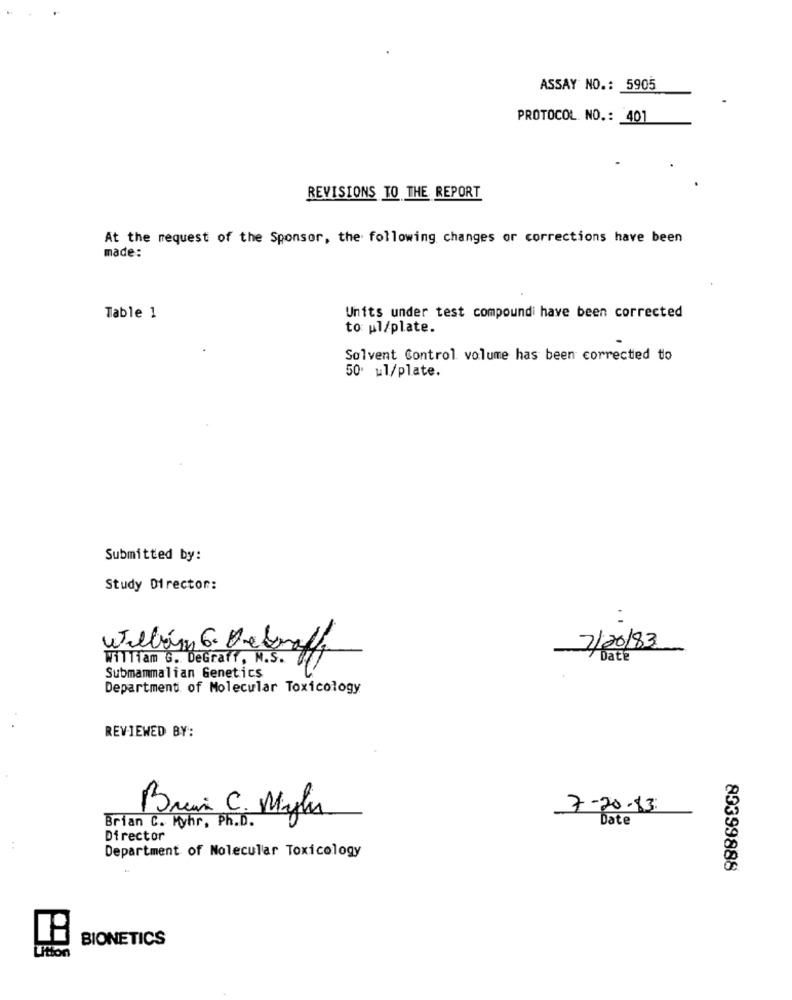
ASSAY NO .: 5905
PROTOCOL. NO .: 401
REVISIONS TO THE REPORT
At the request of the Sponsor, the following changes or corrections have been
made:
Table 1
Units under test compoundi have been corrected
to ul/plate.
Solvent Control volume has been corrected to
50 ul/plate.
Submitted by:
Study Director:
willbry G. De graff
7/20/83
William G. DeGraff, M.S.
Submammalian Genetics
Department of Molecular Toxicology
REVIEWED BY:
7-20-13:
Brian C. Myhr, Ph.D.
Brian C. Mylu
Date
Director
Department of Molecular Toxicology
80399888
BIONETICS
Litton